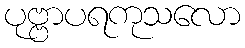
ပုဗ္ဗာပရကုသလော